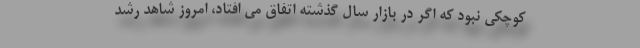
کوچکی نبود که اگر در بازار سال گذشته اتفاق می افتاد، امروز شاهد رشد